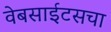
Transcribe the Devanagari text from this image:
वेबसाईटसचा